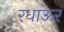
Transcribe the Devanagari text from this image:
रधाऊर